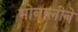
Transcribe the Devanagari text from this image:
मोनालीने